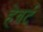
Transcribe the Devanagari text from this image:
हेबर्ट